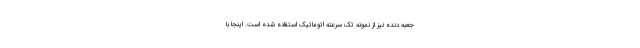
جعبه دنده نیز از نمونه تک سرعته اتوماتیک استفاده شده است. اینجا با